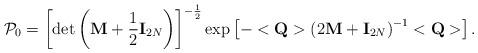
LaTeX: \begin{align*}{\cal P}_0=\left[\det\left({\bf M}+\frac 12{\bf I}_{2N}\right)\right]^{-\frac 12}\exp\left[-<{\bf Q}>\left(2{\bf M}+{\bf I}_{2N}\right)^{-1}<{\bf Q}>\right].\end{align*}